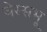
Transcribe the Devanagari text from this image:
वेस्सभू